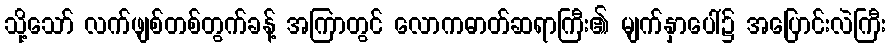
သို့သော် လက်ဖျစ်တစ်တွက်ခန့် အကြာတွင် လောကဓာတ်ဆရာကြီး၏ မျက်နှာပေါ်၌ အပြောင်းလဲကြီး